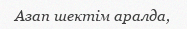
Азап шектім аралда,